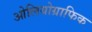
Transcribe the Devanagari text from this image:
ओलियोग्राफिक